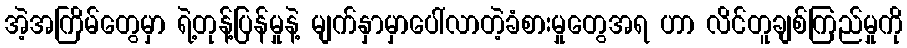
အဲ့အကြိမ်တွေမှာ ရဲ့တုန့်ပြန်မှုနဲ့ မျက်နှာမှာပေါ်လာတဲ့ခံစားမှုတွေအရ ဟာ လိင်တူချစ်ကြည်မှုကို